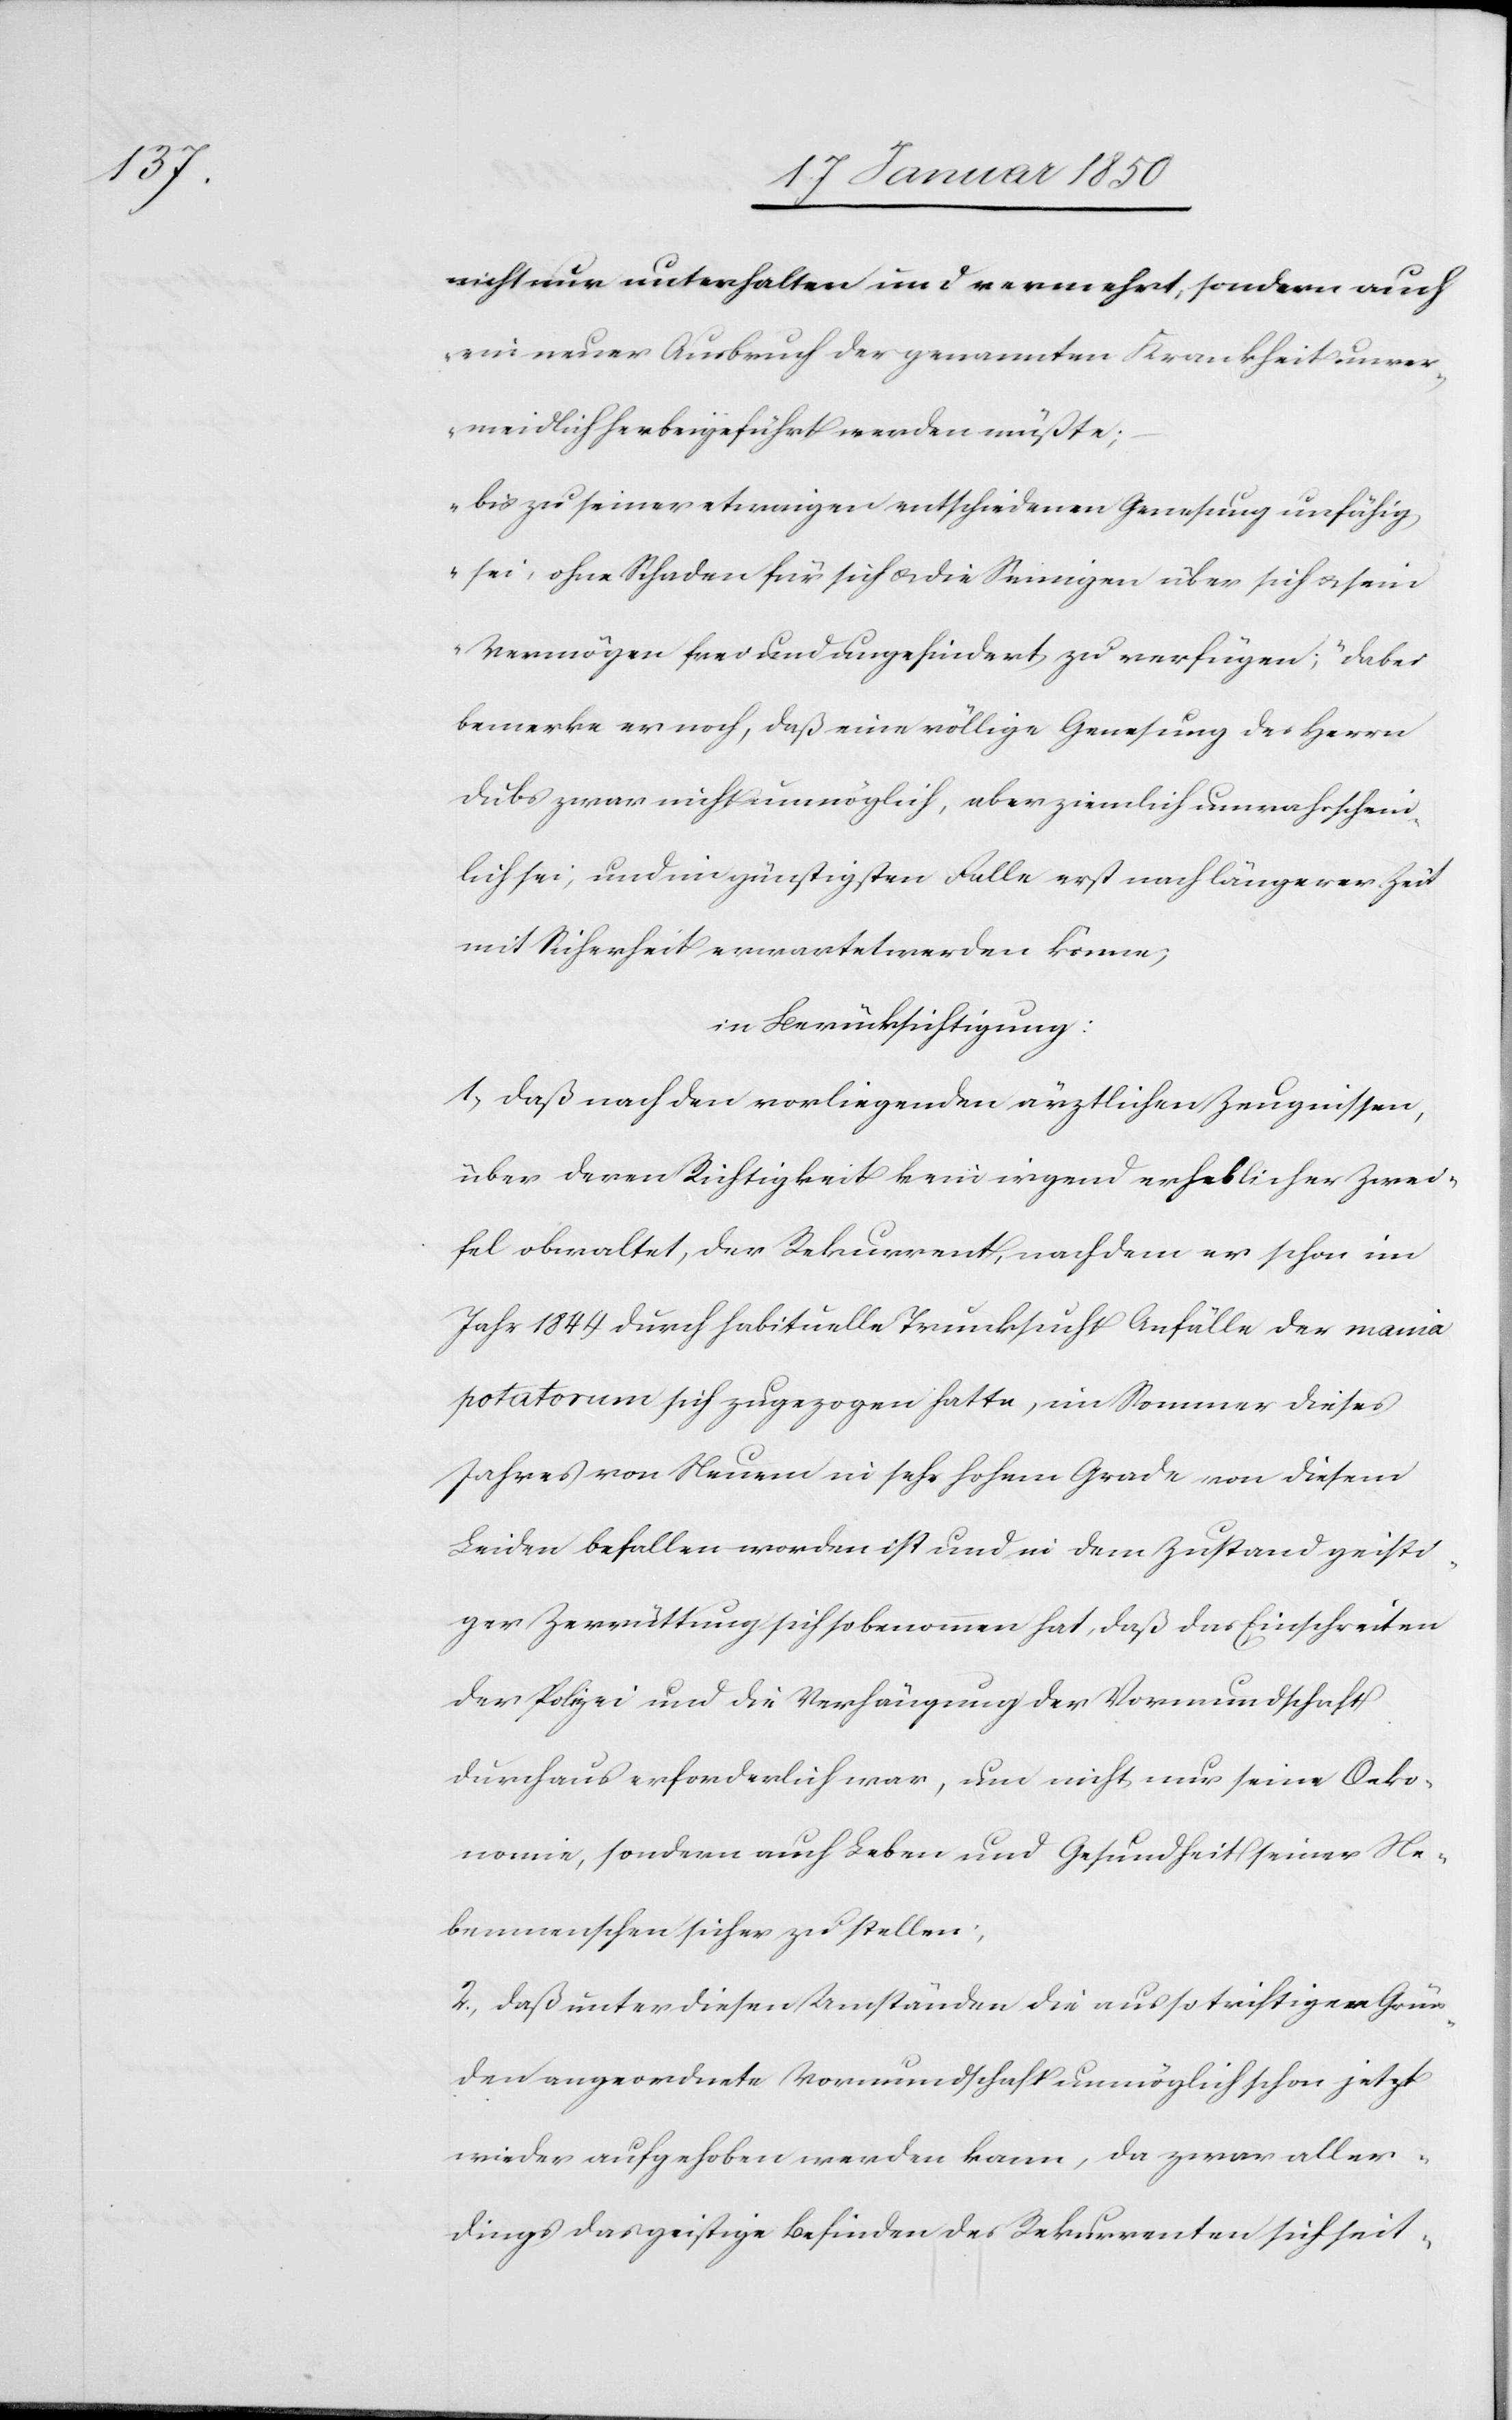
nicht nur unterhalten und vermehrt, sondern auch
ein neuer Ausbruch der genannten Krankheit unver¬
meidlich herbeigeführt werden müßte;
bis zu seiner etwaigen entschiedenen Genesung unfähig
sei, ohne Schaden für sich u. die Seinigen über sich u. sein
Vermögen frei und ungehindert zu verfügen“; dabei
bemerke er noch, daß eine völlige Genesung des Herrn
Dubs zwar nicht unmöglich, aber ziemlich unwahrschein¬
lich sei, und im günstigsten Falle erst nach längerer Zeit
mit Sicherheit erwartet werden könne;
in Berücksichtigung:
1, Daß nach den vorliegenden ärztlichen Zeugnissen,
über deren Richtigkeit kein irgend erheblicher Zwei¬
fel obwaltet, der Rekurrent, nachdem er schon im
Jahr 1844 durch habituelle Trunksucht Anfälle der mania
potatorum sich zugezogen hatte, im Sommer dieses
Jahres von Neuem in sehr hohem Grade von diesem
Leiden befallen worden ist und in dem Zustand geisti¬
ger Zerrüttung sich so benommen hat, daß das Einschreiten
der Polizei und die Verhängung der Vormundschaft
durchaus erforderlich war, um nicht nur seine Oeko¬
nomie, sondern auch Leben und Gesundheit seiner Ne¬
benmenschen sicher zu stellen;
2., Daß unter diesen Umständen die aus so triftigen Grün¬
den angeordnete Vormundschaft unmöglich schon jetzt
wieder aufgehoben werden kann, da zwar aller¬
dings das geistige Befinden des Rekurrenten sich seit-